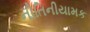
નીતિનીયામક